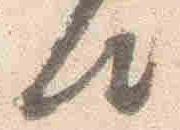
仕